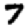
Digit: 7